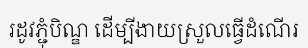
រដូវភ្ជុំបិណ្ឌ ដើម្បីងាយស្រួលធ្វើដំណើរ